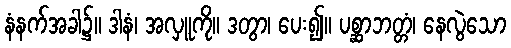
နံနက်အခါ၌။ ဒါနံ၊ အလှူကို။ ဒတွာ၊ ပေး၍။ ပစ္ဆာဘတ္တံ၊ နေလွဲသော